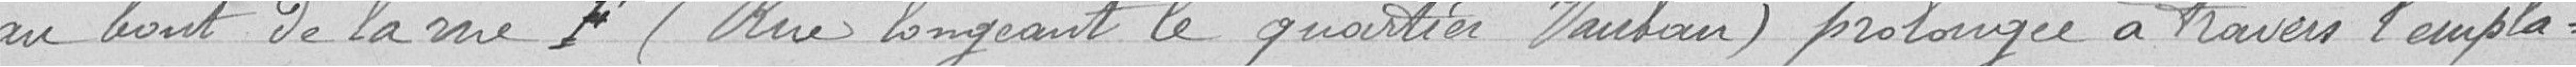
au bout de la rue F (rue longeant le quartier Vauban) prolongée à travers l'empla-